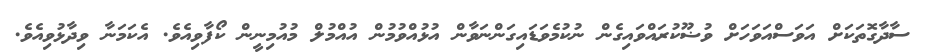
ސާދާގޮތަކަށް އަވަސްއަވަހަށް ވުޟޫކުރައްވައިގެން ނުކުމެވަޑައިގަންނަވާން އުޅުއްވުމުން އުއްމުލް މުއުމިނީން ކޯފާވިއެވެ. އެކަމަނާ ވިދާޅުވިއެވެ.